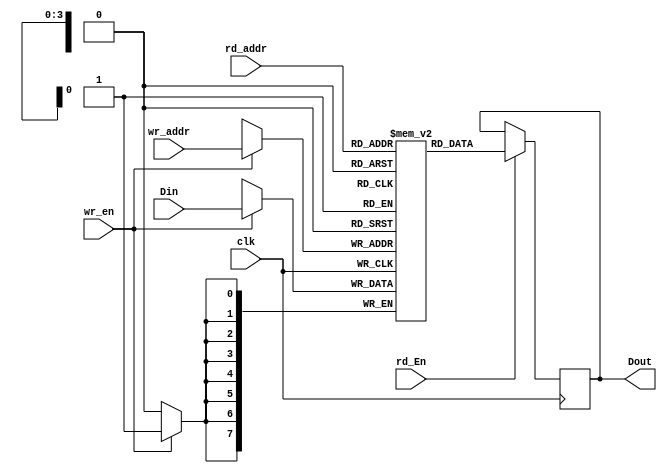
module dual_port_ram(clk,Din,Dout,wr_en,wr_addr,rd_En,rd_addr);
input [7:0]Din;
input [3:0]wr_addr;
input [3:0]rd_addr;
input wr_en,rd_En,clk;
output reg [7:0]Dout;
reg [7:0] Mem [15:0];
always @(posedge clk)
begin
    if(wr_en)
        Mem[wr_addr]<=Din;
    if(rd_En)
        Dout <=Mem[rd_addr];
end
endmodule
module fifo(data_in,we,clk,rst,data_out,re,full,empty);
    parameter data_width =8 ;
    parameter address_width=4;
    parameter ram_depth=16;
    output reg [data_width-1:0]data_out;
    output full,empty;
    input [data_width-1:0]data_in;
    input clk,rst,we,re;
    reg [address_width-1:0] wr_pointer;
    reg [address_width-1:0] rd_pointer;
    reg [address_width:0] status_count;
    wire [data_width-1:0] data_ram;
    dual_port_ram DUT(clk,data_in,data_ram,we,wr_pointer,re,rd_pointer);
//Read_pointer(4 bit counter) to read addresses
always @(posedge clk or posedge rst)
begin
    if(rst==1)
    rd_pointer <=0;
    else
    begin
    if(re==1)
        rd_pointer<=rd_pointer+1;
    end
end
always @(posedge clk or posedge rst) //Write_pointer(4 bit counter) to Write addresses
    begin
    if(rst==1)
        wr_pointer <=0;
    else
        begin
        if(we==1)
            wr_pointer<=wr_pointer+1;
        end
end
//Status (5bit Counter) Pointer For Full and Empty
always @(posedge clk,posedge rst)
begin
if(rst)
    status_count<=0;
else if ((we&&!re) && (status_count !=ram_depth))
    status_count<=status_count+1;
else if ((re&&!we) && (status_count !=0) )
    status_count<=status_count-1;
end
assign full=(status_count==(ram_depth));
assign empty=(status_count==0);
//Read Logic
always @(posedge clk,posedge rst)
begin
if(rst)
    data_out<=0;
else
   begin
if(rst)
    data_out<=data_ram;
end
end
endmodule